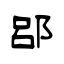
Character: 郘